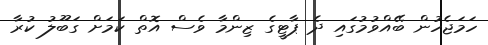
ހަމަޖެހުން ބޭއްވުމުގައި ދެ ޕާޓީގެ ޒިންމާ ވެސް އޮތް ކަމަށް ގަބޫލު ކުރާ